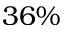
3 6 \%